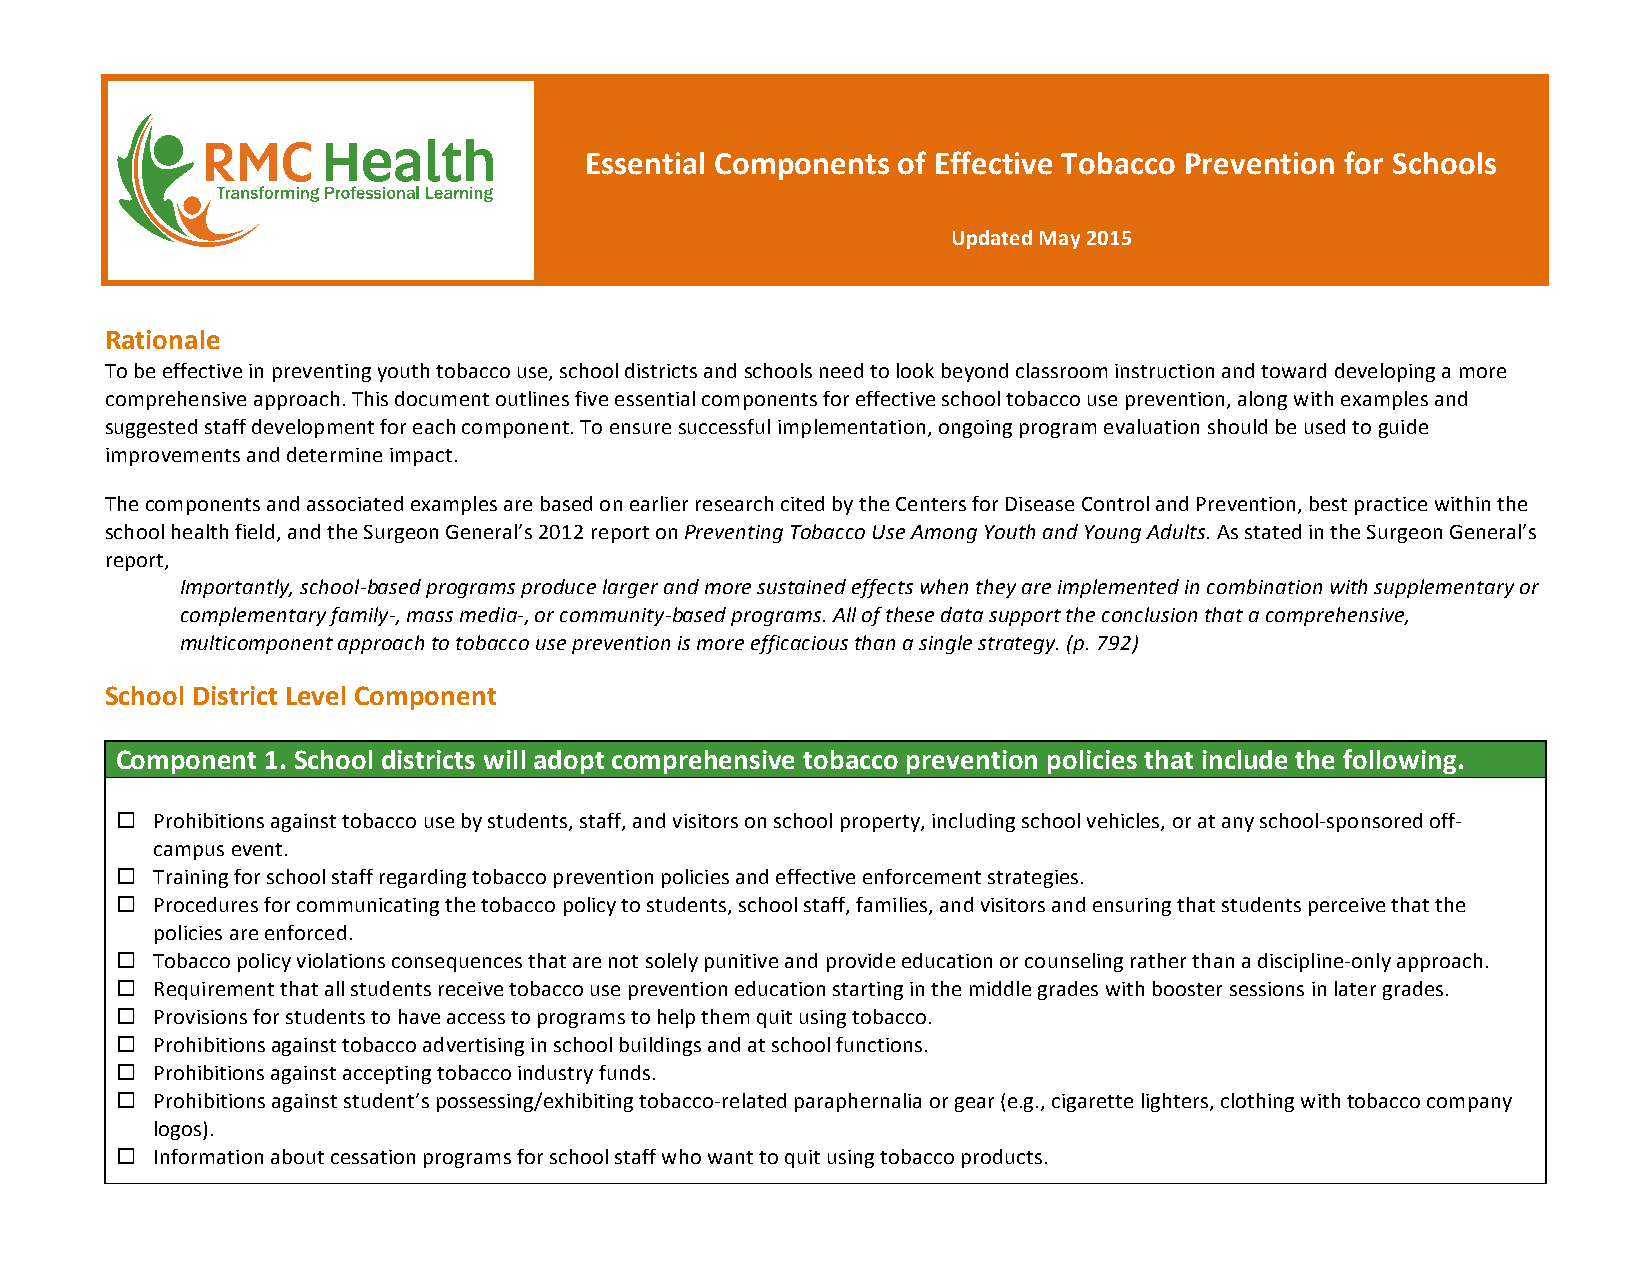
Essential Components of Effective Tobacco Prevention for Schools
 Updated May 2015
 Rationale
 To be effective in preventing youth tobacco use, school districts and schools need to look beyond classroom instruction and toward developing a more
 comprehensive approach. This document outlines five essential components for effective school tobacco use prevention, along with examples and
 suggested staff development for each component. To ensure successful implementation, ongoing program evaluation should be used to guide
 improvements and determine impact.
 The components and associated examples are based on earlier research cited by the Centers for Disease Control and Prevention, best practice within the
 school health field, and the Surgeon General’s 2012 report on Preventing Tobacco Use Among Youth and Young Adults. As stated in the Surgeon General’s
 report,
 Importantly, school-­‐based programs produce larger and more sustained effects when they are implemented in combination with supplementary or
 complementary family-­‐, mass media-­‐, or community-­‐based programs. All of these data support the conclusion that a comprehensive,
 multicomponent approach to tobacco use prevention is more efficacious than a single strategy. (p. 792)
 School District Level Component
 Component 1. School districts will adopt comprehensive tobacco prevention policies that include the following.
 ¨ Prohibitions against tobacco use by students, staff, and visitors on school property, including school vehicles, or at any school-­‐sponsored off-­‐
 campus event.
 ¨ Training for school staff regarding tobacco prevention policies and effective enforcement strategies.
 ¨ Procedures for communicating the tobacco policy to students, school staff, families, and visitors and ensuring that students perceive that the
 policies are enforced.
 ¨ Tobacco policy violations consequences that are not solely punitive and provide education or counseling rather than a discipline-­‐only approach.
 ¨ Requirement that all students receive tobacco use prevention education starting in the middle grades with booster sessions in later grades.
 ¨ Provisions for students to have access to programs to help them quit using tobacco.
 ¨ Prohibitions against tobacco advertising in school buildings and at school functions.
 ¨ Prohibitions against accepting tobacco industry funds.
 ¨ Prohibitions against student’s possessing/exhibiting tobacco-­‐related paraphernalia or gear (e.g., cigarette lighters, clothing with tobacco company
 logos).
 ¨ Information about cessation programs for school staff who want to quit using tobacco products.